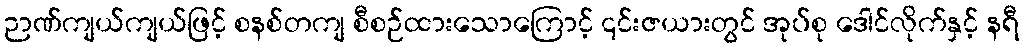
ဉာဏ်ကျယ်ကျယ်ဖြင့် စနစ်တကျ စီစဉ်ထားသောကြောင့် ၎င်းဇယားတွင် အုပ်စု ဒေါင်လိုက်နှင့် နရီ